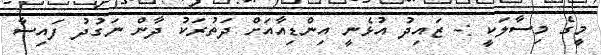
މީގެ މިސާލަކީ :- ޒައިދު އުޅެނީ އިންޑިއާއަށް ދަތުރަކު ދާން ނަގުދު ފައިސާ